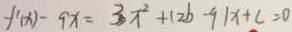
f ^ { \prime } ( x ) - 9 x = 3 x ^ { 2 } + ( 2 b - 9 ) x + c = 0